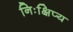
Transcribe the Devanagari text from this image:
निःक्षिप्य